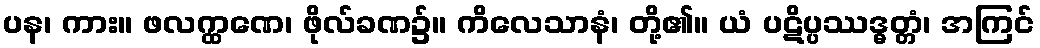
ပန၊ ကား။ ဖလက္ထဏေ၊ ဖိုလ်ခဏ၌။ ကိလေသာနံ၊ တို့၏။ ယံ ပဋိပ္ပဿဒ္ဓတ္တံ၊ အကြင်